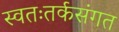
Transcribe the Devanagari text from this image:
स्वतःतर्कसंगत